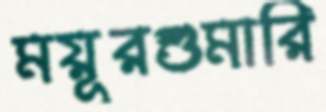
ময়ূরশুমারি